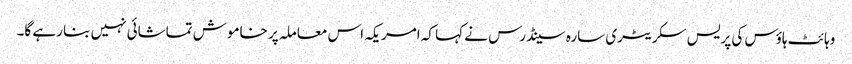
وہائٹ ہاؤس کی پریس سکریٹری سارہ سینڈرس نے کہا کہ امریکہ اس معاملہ پر خاموش تماشائی نہیں بنا رہے گا۔